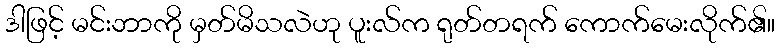
ဒါဖြင့် မင်းဘာကို မှတ်မိသလဲဟု ပူးလ်က ရုတ်တရက် ကောက်မေးလိုက်၏။